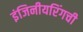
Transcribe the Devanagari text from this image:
इंजिनीयरिंगची